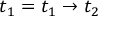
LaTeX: t _ { 1 } = t _ { 1 } \to t _ { 2 }